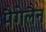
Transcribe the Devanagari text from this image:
मैगेलैन